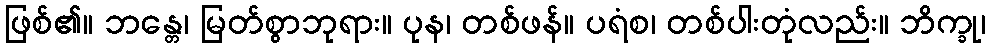
ဖြစ်၏။ ဘန္တေ၊ မြတ်စွာဘုရား။ ပုန၊ တစ်ဖန်။ ပရံစ၊ တစ်ပါးတုံလည်း။ ဘိက္ခု၊